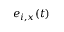
e _ { i , x } ( t )